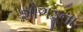
શોગડૂના